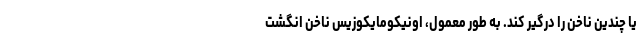
یا چندین ناخن را درگیر کند. به طور معمول، اونیکومایکوزیس ناخن انگشت